Document type: Inventory
Year: 1295
Scribe: Pere Marc
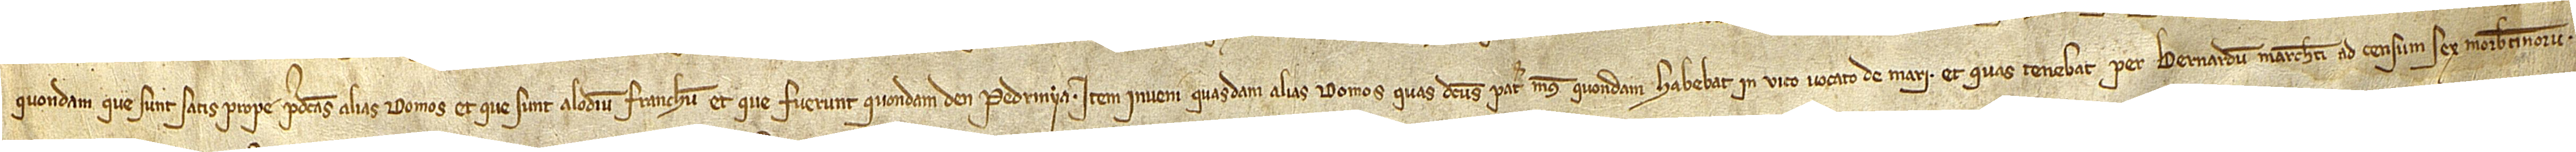
quondam, que sunt satis prope predictas alias domos, et que sunt alodium franchum, et que fuerunt quondam d’en Pedrinyà. Item, inveni quasdam alias domos quas dictus pater meus, quondam, habebat in vico vocato de Mari, et quas tenebat per Bernardum Marcheti ad censum sex morabatinorum.